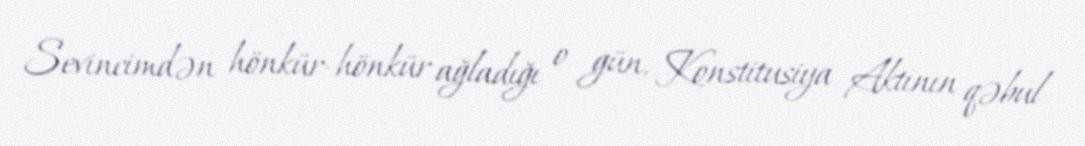
Sevincimdən hönkür-hönkür ağladığı o gün, Konstitusiya Aktının qəbul